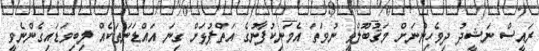
ރައީސް ނަޝީދު ދިވެހިންނަށް މަޤުބޫލްވީ ނުވަތަ އެމަނިކުފާނުގެ އަތްޕުޅަށް ގިނަ އައްޑަނަތަކެއް ލިބިވަޑައިގެންނެވީ